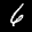
Label: 6